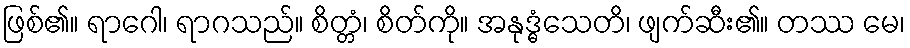
ဖြစ်၏။ ရာဂေါ၊ ရာဂသည်။ စိတ္တံ၊ စိတ်ကို။ အနုဒ္ဓံသေတိ၊ ဖျက်ဆီး၏။ တဿ မေ၊